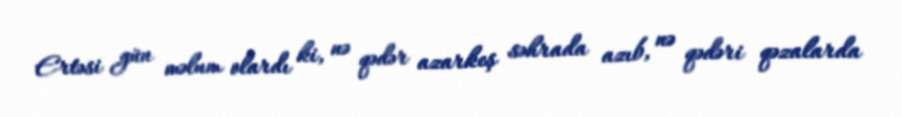
Ertəsi gün məlum olardı ki, nə qədər azarkeş səhrada azıb, nə qədəri qəzalarda